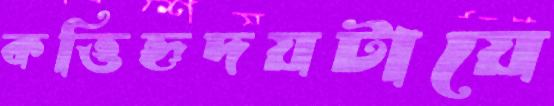
কত্তিহৃদয়টায়ে